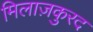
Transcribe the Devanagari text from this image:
मिलाज़कुरद